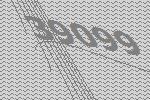
39099